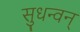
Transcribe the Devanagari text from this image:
सुधन्वन्‌